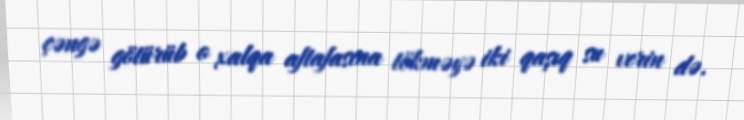
çəngə götürüb o xalqa aftafasına tökməyə iki qaşıq su verin də.